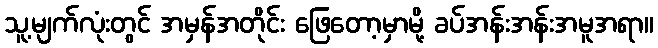
သူ့မျက်လုံးတွင် အမှန်အတိုင်း ဖြေတော့မှာမို့ ခပ်အန်းအန်းအမူအရာ။